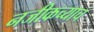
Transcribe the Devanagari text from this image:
नजीकच्याच